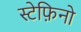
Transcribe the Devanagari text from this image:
स्टेफ़िनो